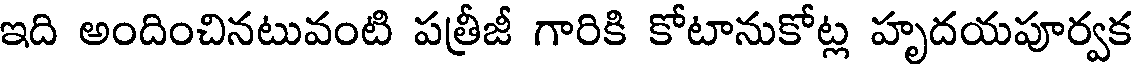
ఇది అందించినటువంటి పత్రీజీ గారికి కోటానుకోట్ల హృదయపూర్వక